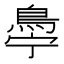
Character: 𬷋